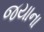
જયાના